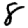
Digit: 8